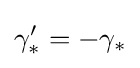
\gamma '_{*}=-\gamma _{*}